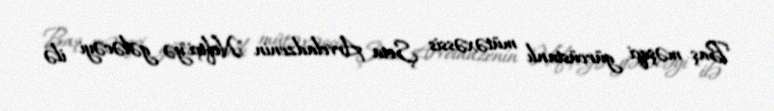
Baş məşqçi gürcüstanlı mütəxəssis Şota Arveladzenin "Neftçi"yə gələcəyi ilə